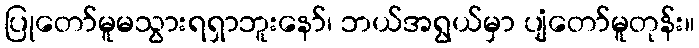
ပြုတော်မူမသွားရရှာဘူးနော်၊ ဘယ်အရွယ်မှာ ပျံတော်မူတုန်း။